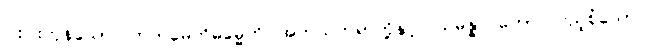
ငါးပါးကုန်သော။ ကတမေဟိဓမ္မေဟိ၊ အဘယ်တရာတို့နှင့်။ သမန္နာဂတော၊ ပြည့်စုံသော။